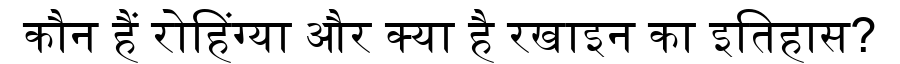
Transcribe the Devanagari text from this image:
कौन हैं रोहिंग्या और क्या है रखाइन का इतिहास?